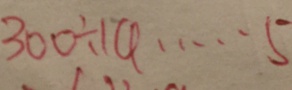
3 0 0 \div 1 4 \cdots 5